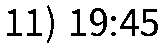
11) 19:45